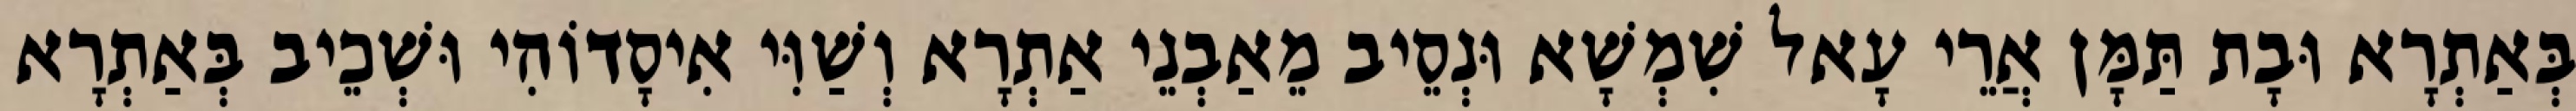
בְּאַתְרָא וּבָת תַּמָּן אֲרֵי עָאל שִׁמְשָׁא וּנְסֵיב מֵאַבְנֵי אַתְרָא וְשַׁוִּי אִיסָדוֹהִי וּשְׁכֵיב בְּאַתְרָא